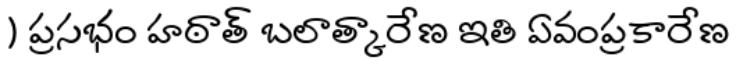
) ప్రసభం హఠాత్ బలాత్కారేణ ఇతి ఏవంప్రకారేణ